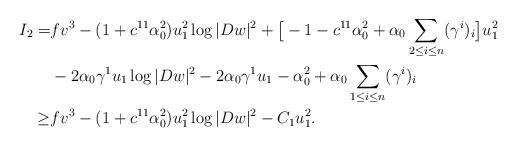
LaTeX: \begin{align*}I_2=&f v^3-(1+c^{11}\alpha_0^2) u_1^2\log|Dw|^2+\big[-1-c^{11}\alpha_0^2+\alpha_0\sum_{2\leq i\leq n}(\gamma^i)_i\big] u_1^2\\&-2\alpha_0\gamma^1 u_1\log|Dw|^2-2\alpha_0\gamma^1u_1-\alpha_0^2+\alpha_0\sum_{1\leq i\leq n}(\gamma^i)_i\\\geq&f v^3-(1+c^{11}\alpha_0^2) u_1^2\log|Dw|^2-C_1u_1^2.\end{align*}